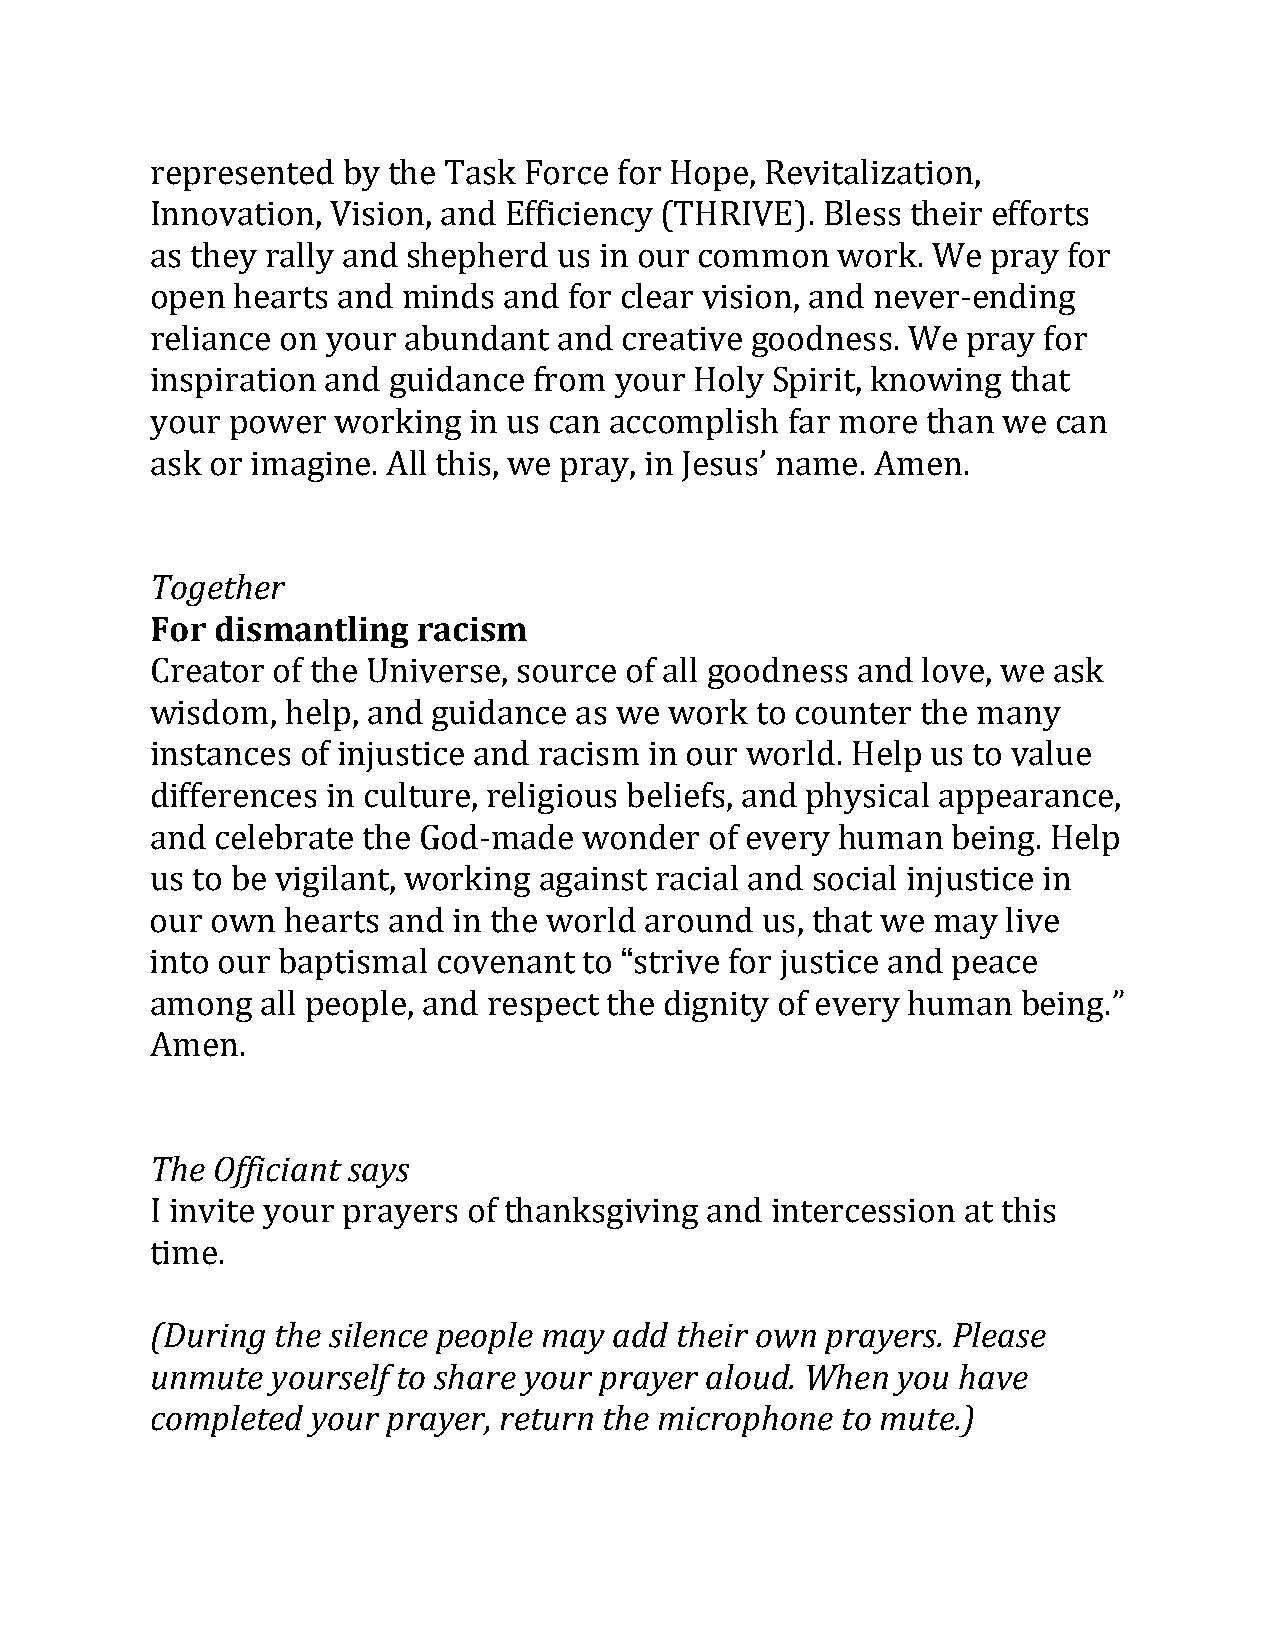
represented  by the Task Force for Hope, Revitalization,
 Innovation, Vision, and Efficiency (THRIVE). Bless their efforts
 as they rally and shepherd us in our common  work.  We  pray for
 open hearts and  minds and  for clear vision, and never-ending
 reliance on your abundant  and creative goodness. We  pray for
 inspiration and guidance from  your Holy Spirit, knowing that
 your power  working  in us can accomplish far more than we  can
 ask or imagine. All this, we pray, in Jesus’ name. Amen.
 Together
 For dismantling   racism
 Creator of the Universe, source of all goodness and love, we ask
 wisdom,  help, and guidance as we work  to counter the many
 instances of injustice and racism in our world. Help us to value
 differences in culture, religious beliefs, and physical appearance,
 and celebrate the God-made   wonder  of every human  being. Help
 us to be vigilant, working against racial and social injustice in
 “
 our own  hearts and in the world around us, that we may  live
 into our baptismal covenant  to strive for justice and peace
 among  all people, and respect the dignity of every human being.”
 Amen.
 The Officiant says
 I invite your prayers of thanksgiving and intercession at this
 t(iDmuer.i ng the silence people may add their own prayers. Please
 u nmute yourself to share your prayer aloud. When you have
 completed  your prayer, return the microphone to mute.)